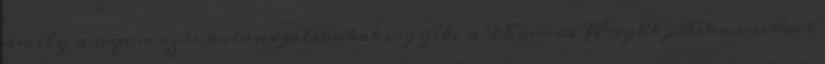
amely a nyomozós kalandjátékokat vegyíti a Phoenix Wright játékmenetével